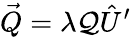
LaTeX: \vec{Q}=\lambda{\cal Q}\hat{U}^{\prime}